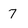
Character: 7